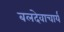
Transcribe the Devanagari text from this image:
बलदेवाचार्य